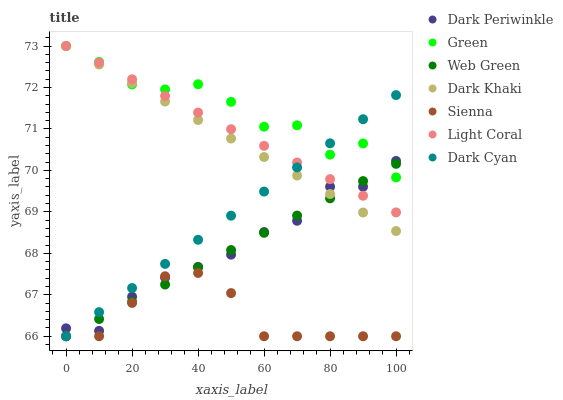
| xaxis_label | Dark Periwinkle | Green | Web Green | Dark Khaki | Sienna | Light Coral | Dark Cyan |
 | --- | --- | --- | --- | --- | --- | --- | --- |
 | 0 | 66.2 | 73 | 66 | 73 | 66 | 73 | 66 |
 | 10 | 66.1 | 72.6 | 66.4 | 72.6 | 66 | 72.6 | 66.6 |
 | 20 | 67 | 72.1 | 66.8 | 72.1 | 66.8 | 72.2 | 67.2 |
 | 30 | 67.4 | 72 | 67.2 | 71.7 | 67.4 | 71.8 | 67.7 |
 | 40 | 67.7 | 72.1 | 67.7 | 71.2 | 67.5 | 71.4 | 68.3 |
 | 50 | 68 | 71.7 | 68.1 | 70.8 | 67 | 71 | 68.9 |
 | 60 | 68.5 | 71.1 | 68.5 | 70.3 | 66 | 70.6 | 69.5 |
 | 70 | 68.8 | 71.1 | 68.9 | 69.9 | 66 | 70.2 | 70.1 |
 | 80 | 69.6 | 70.4 | 69.3 | 69.4 | 66 | 69.8 | 70.7 |
 | 90 | 69.6 | 70.7 | 69.7 | 69 | 66 | 69.4 | 71.2 |
 | 100 | 70.2 | 69.8 | 70.2 | 68.5 | 66 | 69 | 71.8 |